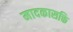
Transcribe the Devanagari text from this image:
मादकासक्ति